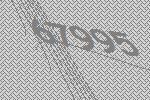
67995